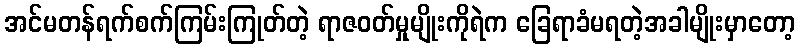
အင်မတန်ရက်စက်ကြမ်းကြုတ်တဲ့ ရာဇဝတ်မှုမျိုးကိုရဲက ခြေရာခံမရတဲ့အခါမျိုးမှာတော့